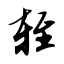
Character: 轾